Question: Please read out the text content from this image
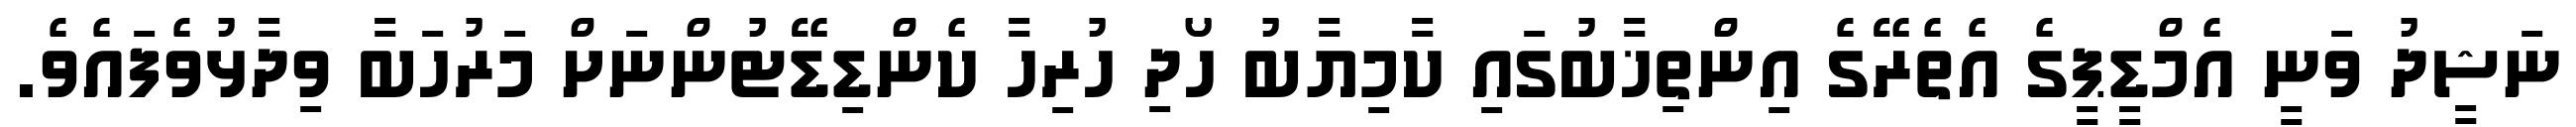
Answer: ނަޝީދު ވަނީ އެމްޑީޕީގެ އެތެރޭގެ އިންތިޚާބުގައި ކާމިޔާބު ހޯދި ހުރިހާ ކެންޑިޑޭޓުންނަށް މަރުހަބާ ވިދާޅުވެފައެވެ.